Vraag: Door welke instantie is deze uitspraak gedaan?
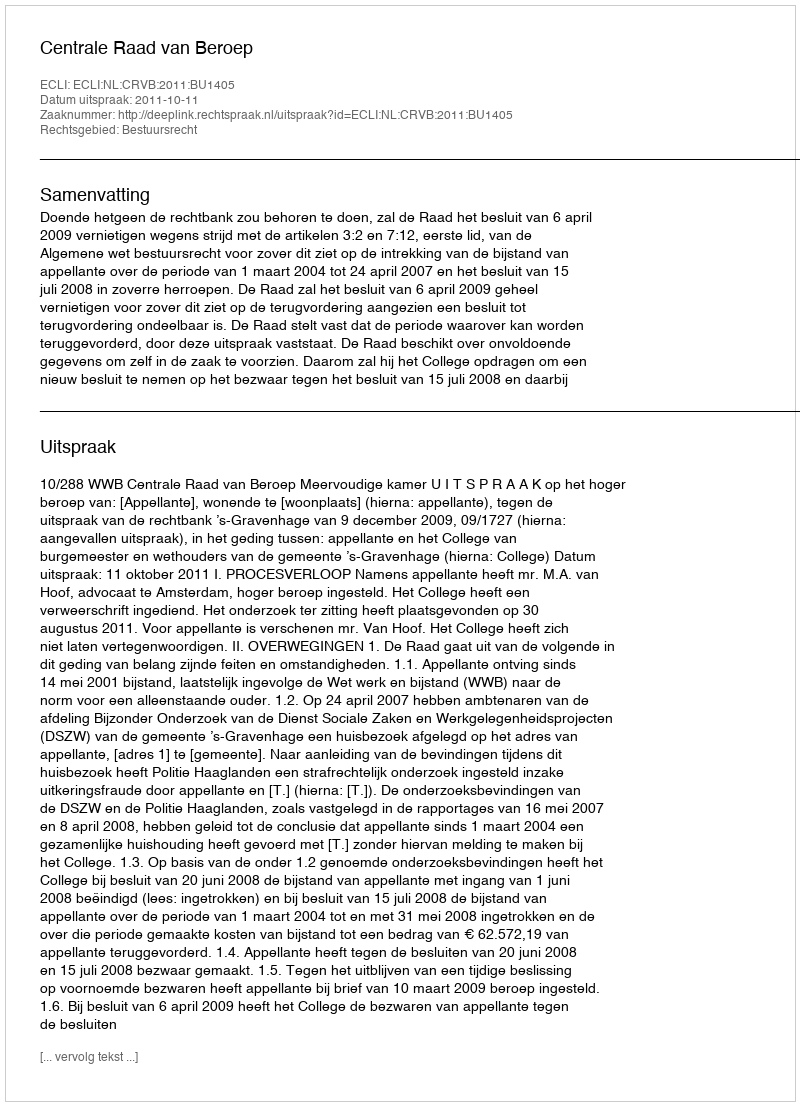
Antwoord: Centrale Raad van Beroep